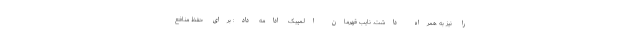
را نیز به همراه داشت. نایب قهرمان المپیک ادامه داد: برای حفظ منافع